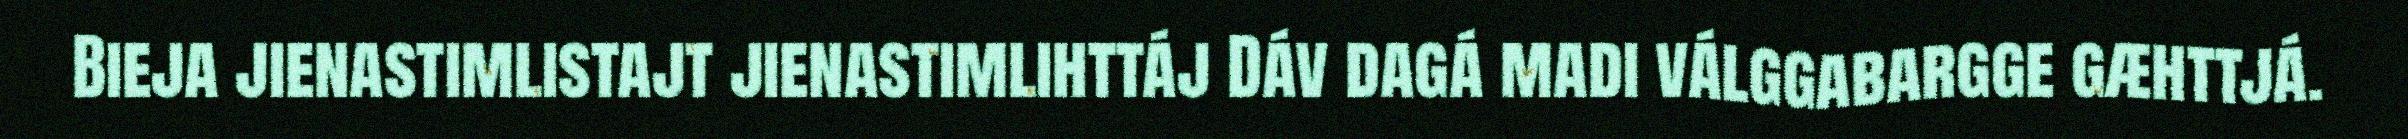
Bieja jienastimlistajt jienastimlihttáj Dáv dagá madi válggabargge gæhttjá.